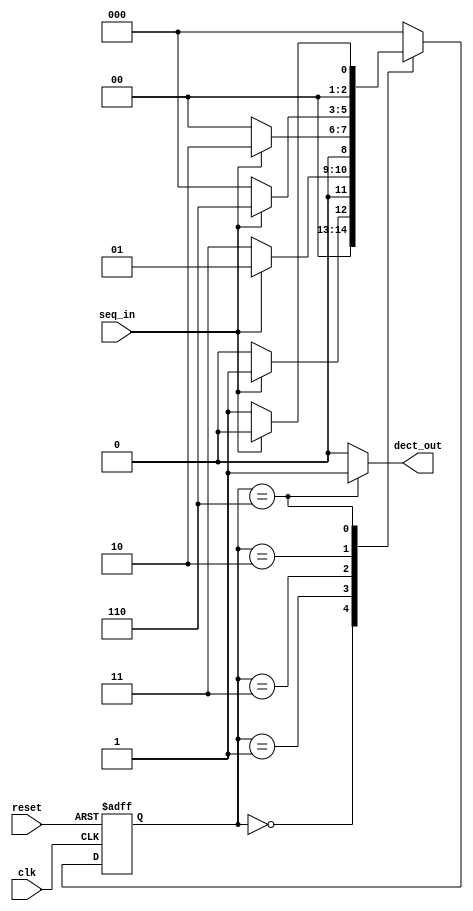
module seq_dect(input clk,input reset,input seq_in,output reg dect_out);
parameter zero= 3'b000;
parameter one=3'b001;
parameter onezero=3'b011;
parameter onezeroone=3'b010;
parameter onezerooneone=3'b110;

reg[2:0]current_state,next_state;
always @(posedge clk,posedge reset)
begin
if(reset==1)
current_state <=zero;
else
current_state <=next_state;
end


always@(current_state,seq_in)
begin
case(current_state)
zero:begin
if(seq_in==1)
next_state=one;
else
next_state=zero;
end
one:begin
if(seq_in==0)
next_state=onezero;
else
next_state=one;
end 
onezero:begin
if(seq_in==0)
next_state=zero;
else
next_state=onezeroone;
end
onezeroone:begin
if(seq_in==0)
next_state=zero;
else
next_state=onezerooneone;
end
onezerooneone:begin
if(seq_in==1)
next_state=zero;
else
next_state=one;
end
default next_state=zero;
endcase
end

always@(current_state)
begin
case(current_state)
zero:dect_out=0;
one:dect_out=0;
onezero:dect_out=0;
onezeroone:dect_out=0;
onezerooneone:dect_out=1;
default:dect_out=0;
endcase 
end
endmodule